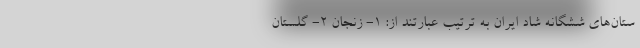
ستان‌های ششگانه شاد ایران به ترتیب عبارتند از: 1- زنجان 2- گلستان